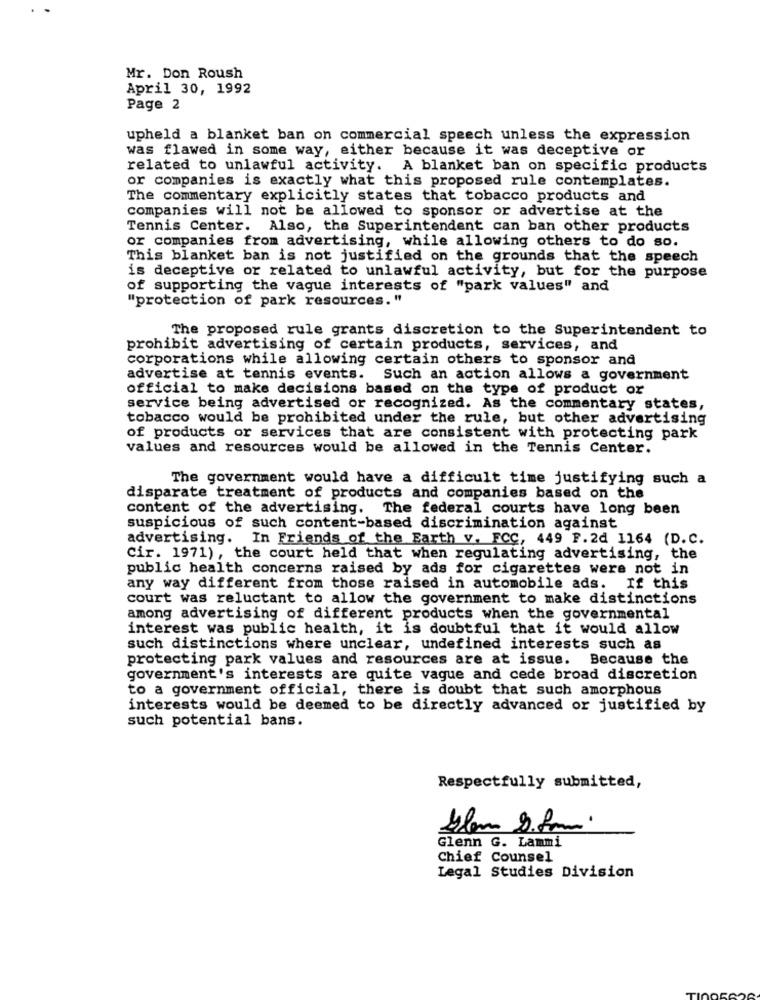
Mr. Don Roush
April 30, 1992
Page 2
upheld a blanket ban on commercial speech unless the expression
was flawed in some way, either because it was deceptive or
related to unlawful activity.
A blanket ban on specific products
or companies is exactly what this proposed rule contemplates.
The commentary explicitly states that tobacco products and
companies will not be allowed to sponsor or advertise at the
Tennis Center. Also, the Superintendent can ban other products
or companies from advertising, while allowing others to do so.
This blanket ban is not justified on the grounds that the speech
is deceptive or related to unlawful activity, but for the purpose
of supporting the vague interests of "park values" and
"protection of park resources. "
The proposed rule grants discretion to the Superintendent to
prohibit advertising of certain products, services, and
corporations while allowing certain others to sponsor and
advertise at tennis events. Such an action allows a government
official to make decisions based on the type of product or
service being advertised or recognized. As the commentary states,
tobacco would be prohibited under the rule, but other advertising
of products or services that are consistent with protecting park
values and resources would be allowed in the Tennis Center.
The government would have a difficult time justifying such a
disparate treatment of products and companies based on the
content of the advertising.
The federal courts have long been
suspicious of such content-based discrimination against
advertising. In Friends of the Earth v. FCC, 449 F.2d 1164 (D.C.
Cir. 1971), the court held that when regulating advertising, the
public health concerns raised by ads for cigarettes were not in
any way different from those raised in automobile ads. If this
court was reluctant to allow the government to make distinctions
among advertising of different products when the governmental
interest was public health, it is doubtful that it would allow
such distinctions where unclear, undefined interests such as
protecting park values and resources are at issue. Because the
government's interests are quite vague and cede broad discretion
to a government official, there is doubt that such amorphous
interests would be deemed to be directly advanced or justified by
such potential bans.
Respectfully submitted,
.
Glenn G. Lammi
Chief Counsel
Legal Studies Division